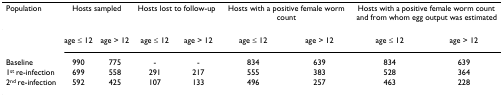
<table><thead><tr><td><b>Population</b></td><td colspan="2"><b>Hosts sampled</b></td><td colspan="2"><b>Hosts lost to follow-up</b></td><td colspan="2"><b>Hosts with a positive female worm count</b></td><td colspan="2"><b>Hosts with a positive female worm count and from whom egg output was estimated</b></td></tr></thead><tbody><tr><td></td><td>age ≤ 12</td><td>age &gt; 12</td><td>age ≤ 12</td><td>age &gt; 12</td><td>age ≤ 12</td><td>age &gt; 12</td><td>age ≤ 12</td><td>age &gt; 12</td></tr><tr><td>Baseline</td><td>990</td><td>775</td><td>-</td><td>-</td><td>834</td><td>639</td><td>834</td><td>639</td></tr><tr><td>1<sup>st </sup>re-infection</td><td>699</td><td>558</td><td>291</td><td>217</td><td>555</td><td>383</td><td>528</td><td>364</td></tr><tr><td>2<sup>nd </sup>re-infection</td><td>592</td><td>425</td><td>107</td><td>133</td><td>496</td><td>257</td><td>463</td><td>228</td></tr></tbody></table>